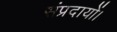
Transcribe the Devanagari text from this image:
संप्रदायों।